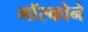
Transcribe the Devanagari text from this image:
मॉस्कोने